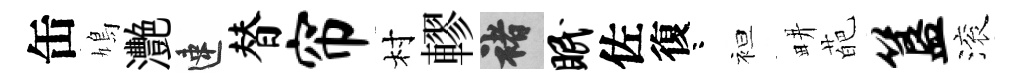
缶鳩灧速替帘村轇褚眠佐復咯袒畊葩簋滚